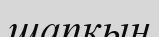
шапқын